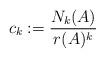
LaTeX: \begin{align*}c_k:=\frac{N_k(A)}{r(A)^k}\ \end{align*}